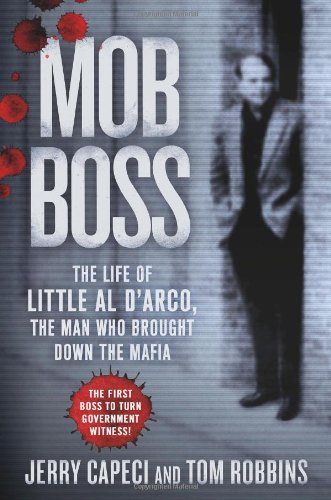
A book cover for Mob Boss: The Life of Little Al D'Arco, the Man Who Brought Down the Mafia; Jerry Capeci; Biographies & Memoirs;